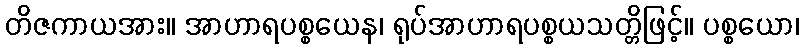
တိဇကာယအား။ အာဟာရပစ္စယေန၊ ရုပ်အာဟာရပစ္စယသတ္တိဖြင့်။ ပစ္စယော၊